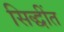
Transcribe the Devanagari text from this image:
सिद्धींत